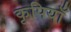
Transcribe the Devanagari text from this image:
कृपियाँ